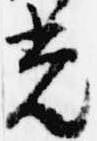
光